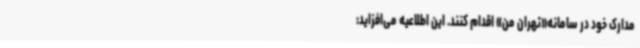
مدارک خود در سامانه«تهران من» اقدام کنند. این اطلاعیه می‌افزاید: